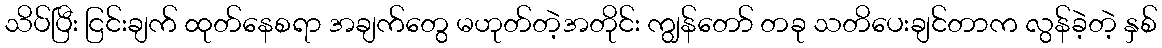
သိပ်ပြီး ငြင်းချက် ထုတ်နေစရာ အချက်တွေ မဟုတ်တဲ့အတိုင်း ကျွန်တော် တခု သတိပေးချင်တာက လွန်ခဲ့တဲ့ နှစ်